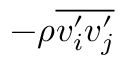
- \rho { \overline { { v _ { i } ^ { \prime } v _ { j } ^ { \prime } } } }